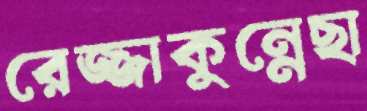
রেজ্জাকুন্নেছা